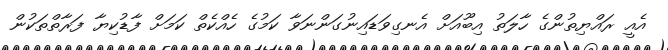
އެއީ ރައްޔިތުންގެ ހާލަތު އިބޫއަށް އެނގިވަޑައިނުގަންނަވާ ކަމުގެ ހެއްކެތް ކަމަށް ފާޑުކިޔާ ފަރާތްތަކުން